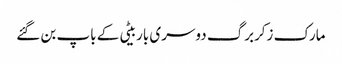
مارک زکربرگ دوسری باربیٹی کے باپ بن گئے